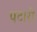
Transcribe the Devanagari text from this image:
पटारी